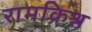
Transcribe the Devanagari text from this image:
रामक्रिश्न